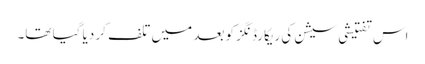
اس تفتیشی سیشن کی ریکارڈنگز کو بعد میں تلف کر دیا گیا تھا۔